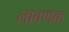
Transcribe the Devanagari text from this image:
लावणक